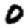
Digit: 0